Calcutta medical institutions reports 1879-81 [i.e.91]
Year: 1879
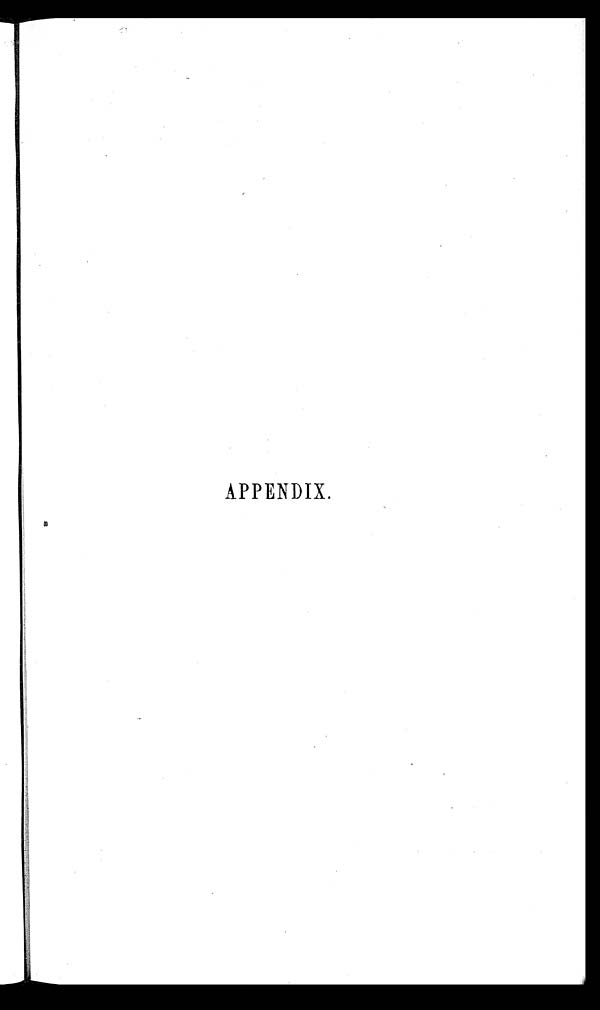
APPENDIX.